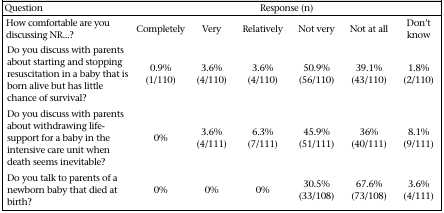
| Question | <COLSPAN=6> Response (n) |
 | --- | --- | --- | --- | --- | --- | --- |
 | How comfortable are you discussing NR...? | Completely | Very | Relatively | Not very | Not at all | Don't know |
 | Do you discuss with parents about starting and stopping resuscitation in a baby that is born alive but has little chance of survival? | 0.9% (1/110) | 3.6% (4/110) | 3.6% (4/110) | 50.9% (56/110) | 39.1% (43/110) | 1.8% (2/110) |
 | Do you discuss with parents about withdrawing life-support for a baby in the intensive care unit when death seems inevitable? | 0% | 3.6% (4/111) | 6.3% (7/111) | 45.9% (51/111) | 36% (40/111) | 8.1% (9/111) |
 | Do you talk to parents of a newborn baby that died at birth? | 0% | 0% | 0% | 30.5% (33/108) | 67.6% (73/108) | 3.6% (4/111) |